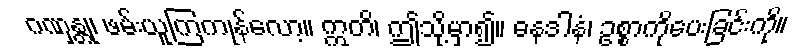
ဂဏှန္တု၊ ဖမ်းယူကြကုန်လော့။ ဣတိ၊ ဤသို့မှာ၍။ ဓနဒါနံ၊ ဥစ္စာကိုပေးခြင်းကို။